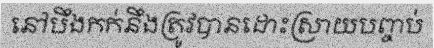
នៅបឹងកក់នឹងត្រូវបានដោះស្រាយបញ្ចប់